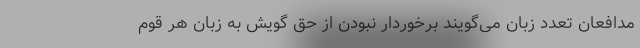
مدافعان تعدد زبان می‌گویند برخوردار نبودن از حق گویش به زبان هر قوم